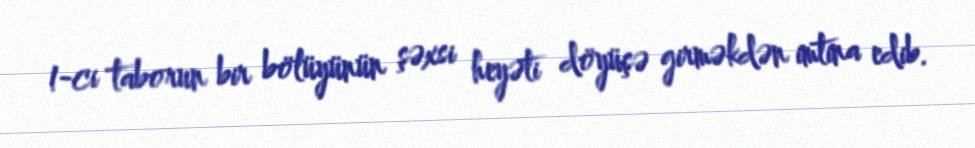
1-ci taborun bir bölüyünün şəxsi heyəti döyüşə girməkdən imtina edib.